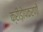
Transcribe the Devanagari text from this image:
क्रीड़ोपकरणों